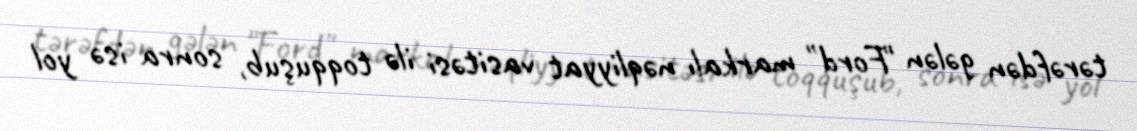
tərəfdən gələn "Ford" markalı nəqliyyat vasitəsi ilə toqquşub, sonra isə yol